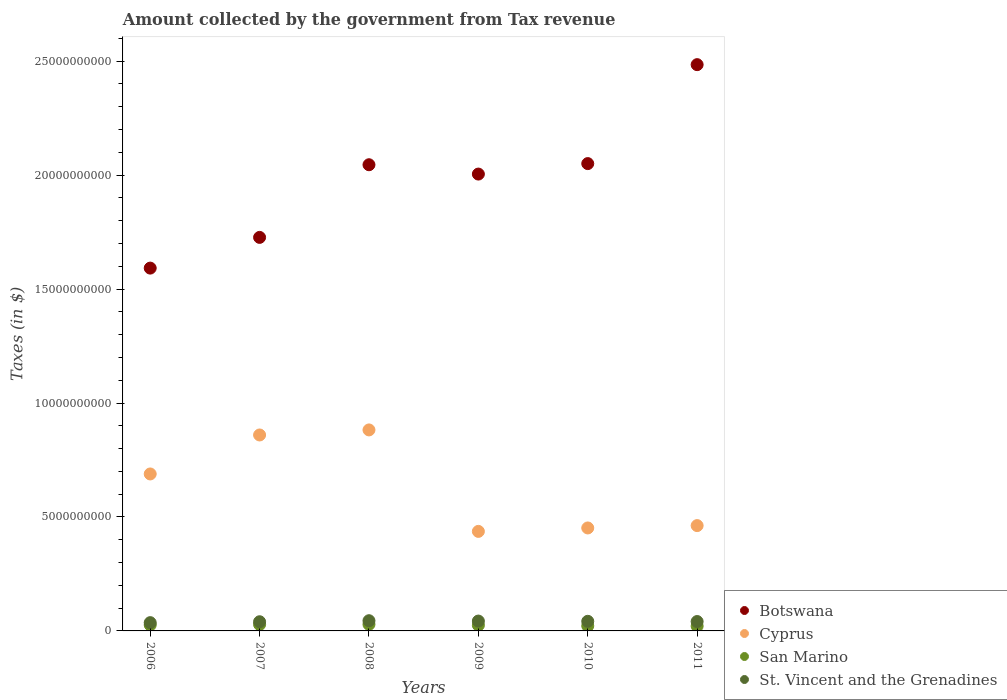
| Years | Botswana | Cyprus | San Marino | St. Vincent and the Grenadines |
 | --- | --- | --- | --- | --- |
 | 2006 | 1.59e+10 | 6.89e+09 | 2.62e+08 | 3.63e+08 |
 | 2007 | 1.73e+10 | 8.6e+09 | 2.82e+08 | 4.03e+08 |
 | 2008 | 2.05e+10 | 8.82e+09 | 2.89e+08 | 4.48e+08 |
 | 2009 | 2e+10 | 4.37e+09 | 2.51e+08 | 4.33e+08 |
 | 2010 | 2.05e+10 | 4.52e+09 | 2.21e+08 | 4.22e+08 |
 | 2011 | 2.48e+10 | 4.62e+09 | 2.1e+08 | 4.12e+08 |